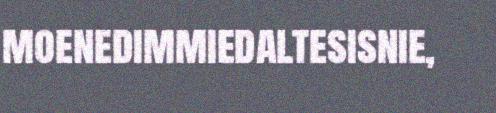
moenedimmiedaltesisnie,